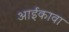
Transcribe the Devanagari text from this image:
आईकावा